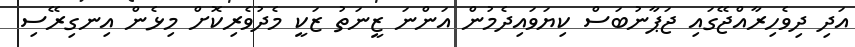
އަދި ދިވެހިރާއްޖޭގައި ޖަޕާނުބަސް ކިޔަވައިދެމުން އަންނަ ޒީނަތު ޒަކީ މެދުވެރިކޮށް މިޅެން އިނގިރޭސި